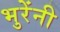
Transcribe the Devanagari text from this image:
भुरेंनी